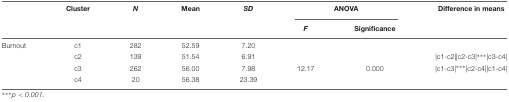
<table><thead><tr><td></td><td><b>Cluster</b></td><td><b><i>N</i></b></td><td><b>Mean</b></td><td><b><i>SD</i></b></td><td colspan="2"><b>ANOVA</b></td><td><b>Difference in means</b></td></tr><tr><td></td><td></td><td></td><td></td><td></td><td><b><i>F</i></b></td><td><b>Significance</b></td><td></td></tr></thead><tbody><tr><td>Burnout</td><td>c1</td><td>282</td><td>52.59</td><td>7.20</td><td></td><td></td><td></td></tr><tr><td></td><td>c2</td><td>139</td><td>51.54</td><td>6.91</td><td></td><td></td><td>|c1-c2||c2-c3|<sup>∗∗∗</sup>|c3-c4|</td></tr><tr><td></td><td>c3</td><td>262</td><td>56.00</td><td>7.98</td><td>12.17</td><td>0.000</td><td>|c1-c3|<sup>∗∗∗</sup>|c2-c4||c1-c4|</td></tr><tr><td></td><td>c4</td><td>20</td><td>56.38</td><td>23.39</td><td></td><td></td><td></td></tr></tbody></table>